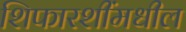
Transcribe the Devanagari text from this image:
शिफारशींमधील